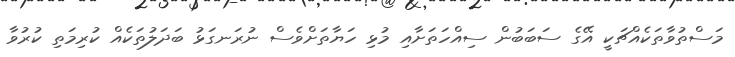
މަސްތުވާތަކެއްޗަކީ އޭގެ ސަބަބުން ސިއްހަތަށާއި މުޅި ހަޔާތަށްވެސް ނުރަނގަޅު ބަދަލުތަކެއް ކުރިމަތި ކުރުވާ